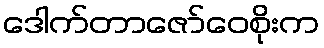
ဒေါက်တာဇော်ဝေစိုးက